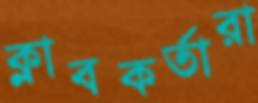
ক্লাবকর্তারা